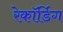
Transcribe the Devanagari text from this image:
रेकॉर्डिग